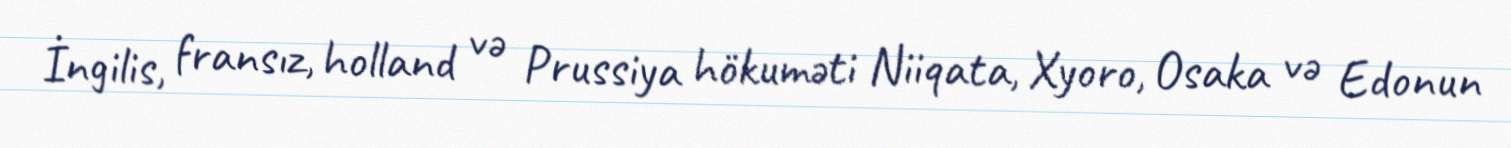
İngilis, fransız, holland və Prussiya hökuməti Niiqata, Xyoro, Osaka və Edonun